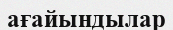
ағайындылар